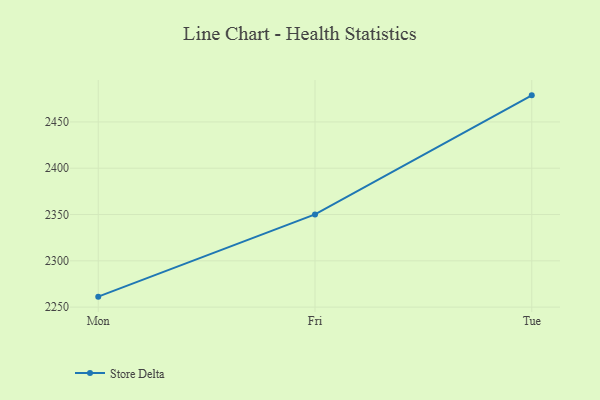
{"axis": {"x": "Day", "y": "Inventory Turnover"}, "legend": ["Store Delta"], "data": [{"x": "Mon", "y": 2261.3, "type": "Store Delta"}, {"x": "Fri", "y": 2350.1, "type": "Store Delta"}, {"x": "Tue", "y": 2478.7, "type": "Store Delta"}]}